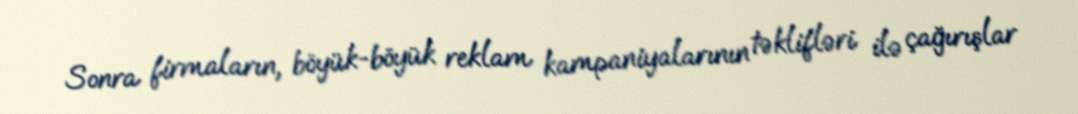
Sonra firmaların, böyük-böyük reklam kampaniyalarının təklifləri ilə çağırışlar